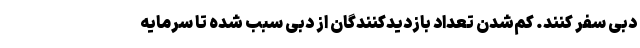
دبی سفر کنند. کم‌شدن تعداد بازدیدکنندگان از دبی سبب شده تا سرمایه